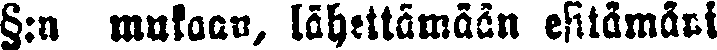
§:n mukaan, lähettämään esitämäni